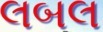
લબલ